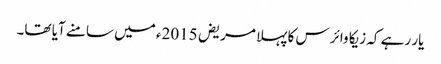
یار رہے کہ زیکا وائرس کا پہلا مریض 2015ء میں سامنے آیا تھا۔